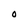
Character: O